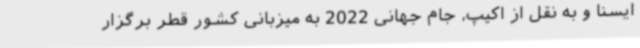
ایسنا و به نقل از اکیپ، جام جهانی 2022 به میزبانی کشور قطر برگزار